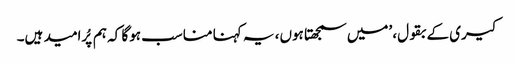
کیری کے بقول، ’میں سمجھتا ہوں، یہ کہنا مناسب ہوگا کہ ہم پُرامید ہیں۔